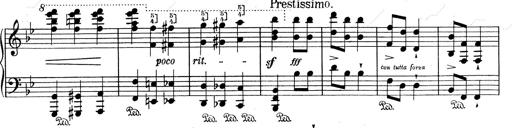
Title: RÃ©miniscences de Don Juan
Composer: Franz Liszt